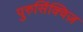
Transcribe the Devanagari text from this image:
पुरुसिंक्विज़